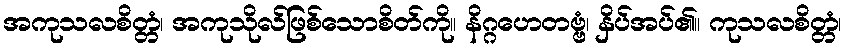
အကုသလစိတ္တံ၊ အကုသိုလ်ဖြစ်သောစိတ်ကို။ နိဂ္ဂဟေတဗ္ဗံ၊ နှိပ်အပ်၏။ ကုသလစိတ္တံ၊